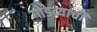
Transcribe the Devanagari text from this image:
गोडव्याची